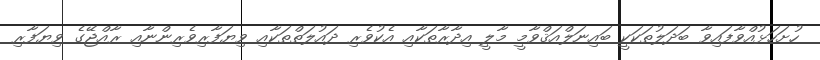
ހުށަހަޅުއްވާފައިވާ ބަދަލުތަކަކީ ބައިނަލްއަޤްވާމީ މާލީ އިދާރާތަކާއި އެކުވެރި ދައުލަތްތަކާއި ވިޔަފާރިވެރިންނާއި ރާއްޖޭގެ ވިޔަފާރި